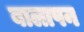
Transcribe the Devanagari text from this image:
बालापन